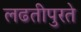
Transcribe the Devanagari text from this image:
लढतीपुरते